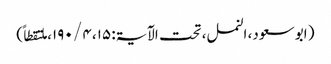
( ابو سعود، النمل، تحت الآیۃ: ۱۵، ۴ / ۱۹۰، ملتقطاً)